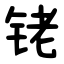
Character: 铑